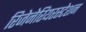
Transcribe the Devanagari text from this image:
रिजेनेरियरस्टेशन